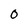
Character: O